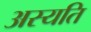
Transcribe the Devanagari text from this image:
अस्यति